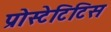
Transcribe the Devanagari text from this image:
प्रोस्टेटिटिस